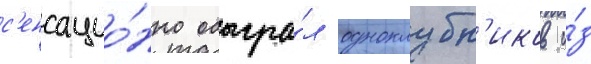
с'енсацио́нно обыгра́л одноклубн'иков и́з